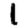
Digit: 1